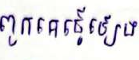
ពួកគេធ្វើអោយឡើង